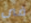
فى